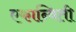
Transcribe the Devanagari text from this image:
एकान्विती